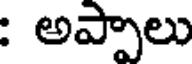
: అప్పాలు